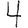
Digit: 4